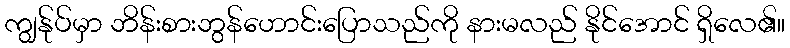
ကျွန်ုပ်မှာ ဘိန်းစားဘွန်ဟောင်းပြောသည်ကို နားမလည် နိုင်အောင် ရှိလေ၏။